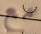
مع